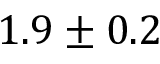
1 . 9 \pm 0 . 2